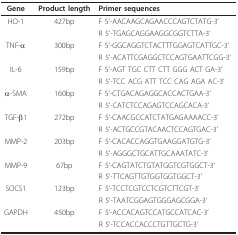
<table><thead><tr><td><b>Gene</b></td><td><b>Product length</b></td><td><b>Primer sequences</b></td></tr></thead><tbody><tr><td>HO-1</td><td>427bp</td><td>F 5&#x27;-AACAAGCAGAACCCAGTCTATG-3&#x27;</td></tr><tr><td></td><td></td><td>R 5&#x27;-TGAGCAGGAAGGCGGTCTTA-3&#x27;</td></tr><tr><td>TNF-α</td><td>300bp</td><td>F 5&#x27;-GGCAGGTCTACTTTGGAGTCATTGC-3&#x27;</td></tr><tr><td></td><td></td><td>R 5&#x27;-ACATTCGAGGCTCCAGTGAATTCGG-3&#x27;</td></tr><tr><td>IL-6</td><td>159bp</td><td>F 5&#x27;-AGT TGC CTT CTT GGG ACT GA-3&#x27;</td></tr><tr><td></td><td></td><td>R 5&#x27;-TCC ACG ATT TCC CAG AGA AC-3&#x27;</td></tr><tr><td>α-SMA</td><td>160bp</td><td>F 5&#x27;-CTGACAGAGGCACCACTGAA-3&#x27;</td></tr><tr><td></td><td></td><td>R 5&#x27;-CATCTCCAGAGTCCAGCACA-3&#x27;</td></tr><tr><td>TGF-β1</td><td>272bp</td><td>F 5&#x27;-CAACGCCATCTATGAGAAAACC-3&#x27;</td></tr><tr><td></td><td></td><td>R 5&#x27;-ACTGCCGTACAACTCCAGTGAC-3&#x27;</td></tr><tr><td>MMP-2</td><td>203bp</td><td>F 5&#x27;-CACACCAGGTGAAGGATGTG-3&#x27;</td></tr><tr><td></td><td></td><td>R 5&#x27;-AGGGCTGCATTGCAAATATC-3&#x27;</td></tr><tr><td>MMP-9</td><td>67bp</td><td>F 5&#x27;-CAGTATCTGTATGGTCGTGGCT-3&#x27;</td></tr><tr><td></td><td></td><td>R 5&#x27;-TTCAGTTGTGGTGGTGGCT-3&#x27;</td></tr><tr><td>SOCS1</td><td>123bp</td><td>F 5&#x27;-TCCTCGTCCTCGTCTTCGT-3&#x27;</td></tr><tr><td></td><td></td><td>R 5&#x27;-TAATCGGAGTGGGAGCGGA-3&#x27;</td></tr><tr><td>GAPDH</td><td>450bp</td><td>F 5&#x27;-ACCACAGTCCATGCCATCAC-3&#x27;</td></tr><tr><td></td><td></td><td>R 5&#x27;-TCCACCACCCTGTTGCTG-3&#x27;</td></tr></tbody></table>